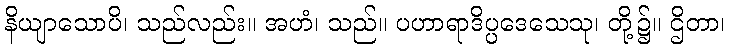
နိယျာသောပိ၊ သည်လည်း။ အဟံ၊ သည်။ ပဟာရာဒိပ္ပဒေသေသု၊ တို့၌။ ဌိတာ၊